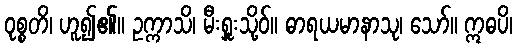
ဝုစ္စတိ၊ ဟူ၍၏။ ဥက္ကာသိ၊ မီးရှူးသို့ဝ်။ ဓာရယမာနာသု၊ သော်။ ဣဓပိ၊